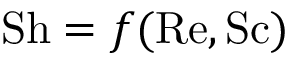
\mathrm { S h } = f ( \mathrm { R e } , \mathrm { S c } )